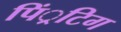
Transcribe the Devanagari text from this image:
पिं्रटिग